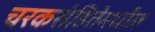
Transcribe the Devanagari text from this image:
चरकसंहितेमधील